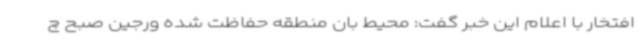
افتخار با اعلام این خبر گفت: محیط بان منطقه حفاظت شده ورجین صبح چ